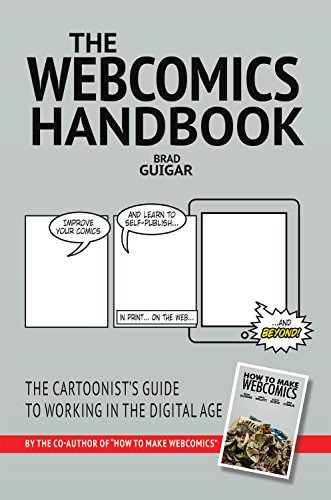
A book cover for The Webcomics Handbook; Brad Guigar; Arts & Photography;